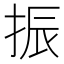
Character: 振